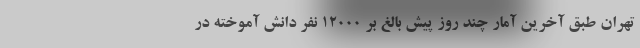
تهران طبق آخرین آمار چند روز پیش بالغ بر ۱۲۰۰۰ نفر دانش آموخته در